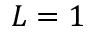
L = 1